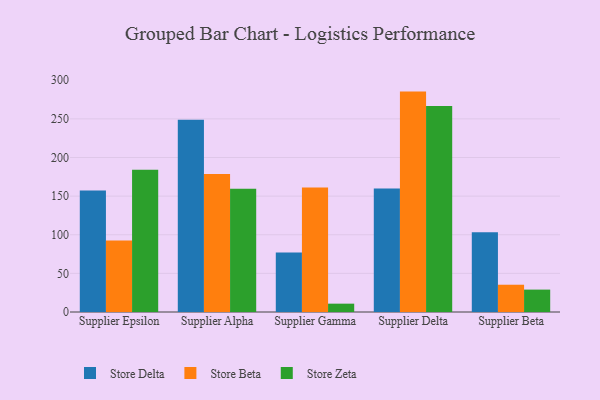
{"axis": {"x": "Supplier", "y": "Operating Costs (USD K)"}, "legend": ["Store Beta", "Store Delta", "Store Zeta"], "data": [{"x": "Supplier Epsilon", "y": 157.4, "type": "Store Delta"}, {"x": "Supplier Epsilon", "y": 92.4, "type": "Store Beta"}, {"x": "Supplier Epsilon", "y": 184.0, "type": "Store Zeta"}, {"x": "Supplier Alpha", "y": 248.8, "type": "Store Delta"}, {"x": "Supplier Alpha", "y": 178.6, "type": "Store Beta"}, {"x": "Supplier Alpha", "y": 159.6, "type": "Store Zeta"}, {"x": "Supplier Gamma", "y": 77.1, "type": "Store Delta"}, {"x": "Supplier Gamma", "y": 161.2, "type": "Store Beta"}, {"x": "Supplier Gamma", "y": 10.8, "type": "Store Zeta"}, {"x": "Supplier Delta", "y": 159.9, "type": "Store Delta"}, {"x": "Supplier Delta", "y": 285.3, "type": "Store Beta"}, {"x": "Supplier Delta", "y": 266.8, "type": "Store Zeta"}, {"x": "Supplier Beta", "y": 103.2, "type": "Store Delta"}, {"x": "Supplier Beta", "y": 35.3, "type": "Store Beta"}, {"x": "Supplier Beta", "y": 29.0, "type": "Store Zeta"}]}